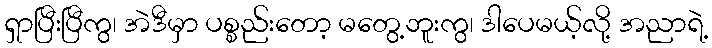
ရှာပြီးပြီကွ၊ အဲဒီမှာ ပစ္စည်းတော့ မတွေ့ဘူးကွ၊ ဒါပေမယ့်လို့ အညာရဲ့